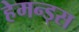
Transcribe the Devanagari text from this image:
हेमन्ड्स